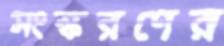
সংস্করণের